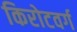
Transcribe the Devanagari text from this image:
किरोटवर्ग